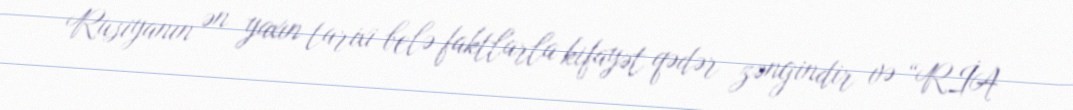
Rusiyanın ən yaxın tarixi belə faktlarla kifayət qədər zəngindir və “RİA